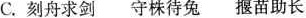
C.刻舟求剑 守株待兔 揠苗助长